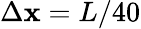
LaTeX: \Delta\mathbf{x}=L/40